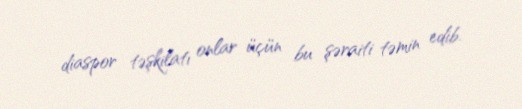
diaspor təşkilatı onlar üçün bu şəraiti təmin edib.